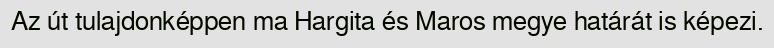
Az út tulajdonképpen ma Hargita és Maros megye határát is képezi.